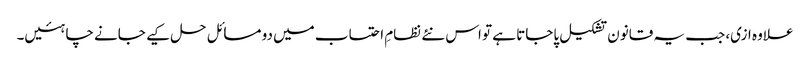
علاوہ ازی، جب یہ قانون تشکیل پاجاتا ہے تو اس نئے نظامِ احتساب میں دو مسائل حل کیے جانے چاہئیں۔